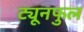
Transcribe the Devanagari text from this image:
ट्यूनफुल